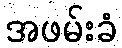
အဖမ်းခံ